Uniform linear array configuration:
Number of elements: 48
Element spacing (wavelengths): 0.5
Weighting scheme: uniform
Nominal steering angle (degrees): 60
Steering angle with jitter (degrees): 58.774
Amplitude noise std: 0.05
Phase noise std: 0.05

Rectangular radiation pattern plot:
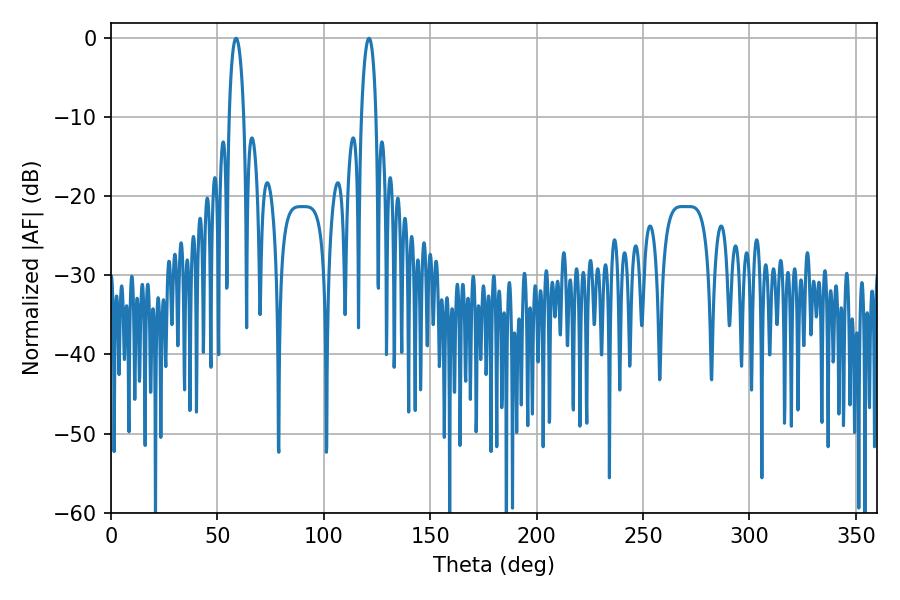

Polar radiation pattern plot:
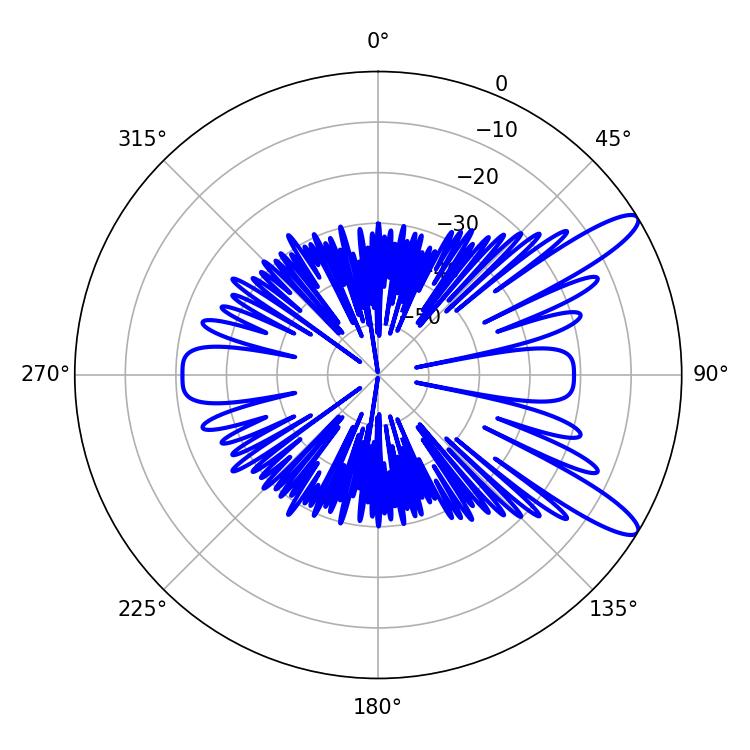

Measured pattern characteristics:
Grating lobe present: FALSE
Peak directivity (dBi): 11.719
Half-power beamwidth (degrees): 3.96
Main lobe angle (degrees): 58.86